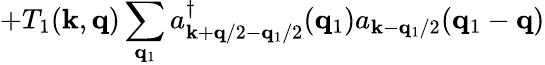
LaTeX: +T_{1}({\mathbf{k}},{\mathbf{q}})\sum_{{\mathbf{q}}_{1}}a_{{\mathbf{k}}+{\mathbf{q}}/2-{\mathbf{q}}_{1}/2}^{\dagger}({\mathbf{q}}_{1})a_{{\mathbf{k}}-{\mathbf{q}}_{1}/2}({\mathbf{q}}_{1}-{\mathbf{q}})